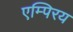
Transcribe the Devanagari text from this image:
एम्पिरय